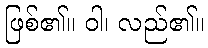
ဖြစ်၏။ ဝါ၊ လည်၏။